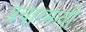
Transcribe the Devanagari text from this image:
प्रचारमन्त्री